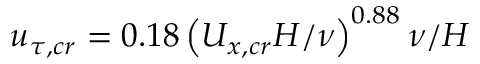
u _ { \tau , c r } = 0 . 1 8 \left( { U _ { x , c r } H } / { \nu } \right) ^ { 0 . 8 8 } \nu / H